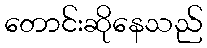
တောင်းဆိုနေသည်